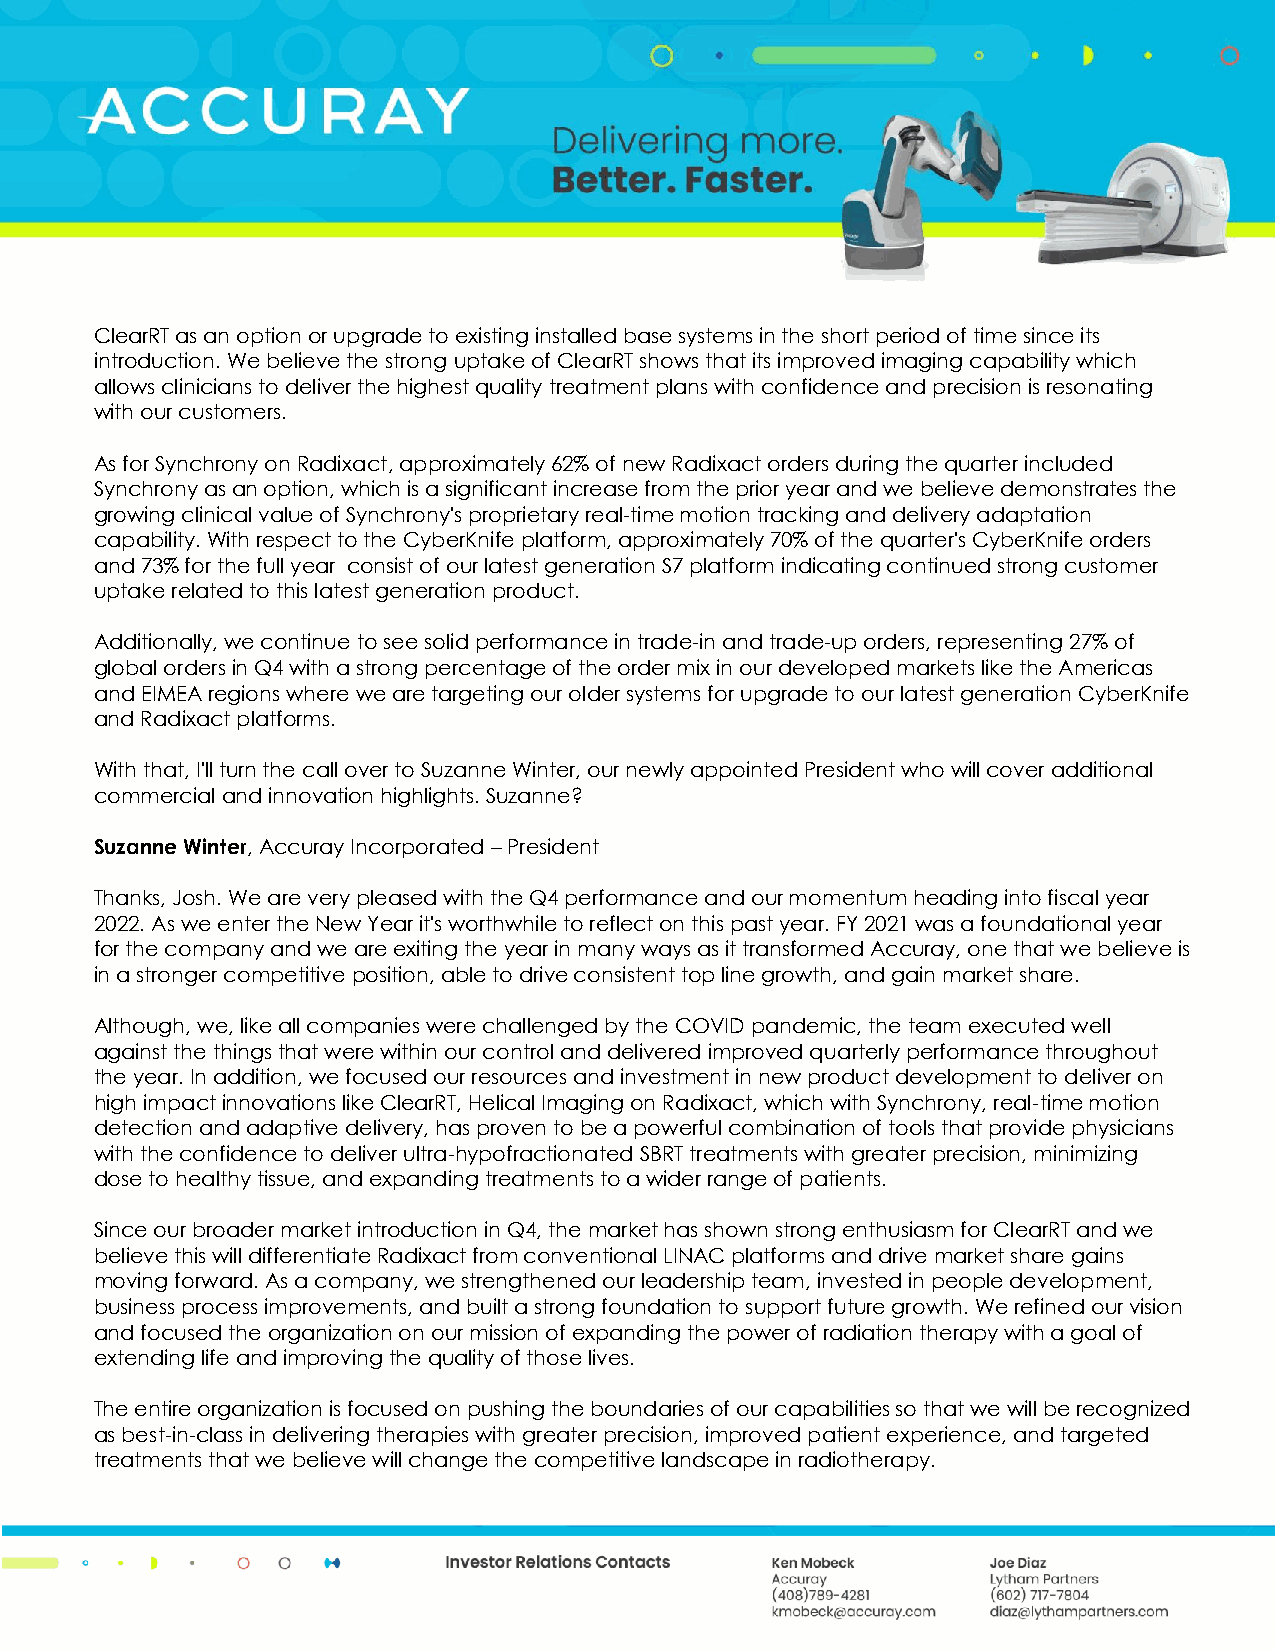
ClearRT as an option or upgrade to existing installed base systems in the short period of time since its
 introduction. We believe the strong uptake of ClearRT shows that its improved imaging capability which
 allows clinicians to deliver the highest quality treatment plans with confidence and precision is resonating
 with our customers.
 As for Synchrony on Radixact, approximately 62% of new Radixact orders during the quarter included
 Synchrony as an option, which is a significant increase from the prior year and we believe demonstrates the
 growing clinical value of Synchrony's proprietary real-time motion tracking and delivery adaptation
 capability. With respect to the CyberKnife platform, approximately 70% of the quarter's CyberKnife orders
 and 73% for the full year consist of our latest generation S7 platform indicating continued strong customer
 uptake related to this latest generation product.
 Additionally, we continue to see solid performance in trade-in and trade-up orders, representing 27% of
 global orders in Q4 with a strong percentage of the order mix in our developed markets like the Americas
 and EIMEA regions where we are targeting our older systems for upgrade to our latest generation CyberKnife
 and Radixact platforms.
 With that, I'll turn the call over to Suzanne Winter, our newly appointed President who will cover additional
 commercial and innovation highlights. Suzanne?
 Suzanne Winter, Accuray Incorporated – President
 Thanks, Josh. We are very pleased with the Q4 performance and our momentum heading into fiscal year
 2022. As we enter the New Year it's worthwhile to reflect on this past year. FY 2021 was a foundational year
 for the company and we are exiting the year in many ways as it transformed Accuray, one that we believe is
 in a stronger competitive position, able to drive consistent top line growth, and gain market share.
 Although, we, like all companies were challenged by the COVID pandemic, the team executed well
 against the things that were within our control and delivered improved quarterly performance throughout
 the year. In addition, we focused our resources and investment in new product development to deliver on
 high impact innovations like ClearRT, Helical Imaging on Radixact, which with Synchrony, real-time motion
 detection and adaptive delivery, has proven to be a powerful combination of tools that provide physicians
 with the confidence to deliver ultra-hypofractionated SBRT treatments with greater precision, minimizing
 dose to healthy tissue, and expanding treatments to a wider range of patients.
 Since our broader market introduction in Q4, the market has shown strong enthusiasm for ClearRT and we
 believe this will differentiate Radixact from conventional LINAC platforms and drive market share gains
 moving forward. As a company, we strengthened our leadership team, invested in people development,
 business process improvements, and built a strong foundation to support future growth. We refined our vision
 and focused the organization on our mission of expanding the power of radiation therapy with a goal of
 extending life and improving the quality of those lives.
 The entire organization is focused on pushing the boundaries of our capabilities so that we will be recognized
 as best-in-class in delivering therapies with greater precision, improved patient experience, and targeted
 treatments that we believe will change the competitive landscape in radiotherapy.